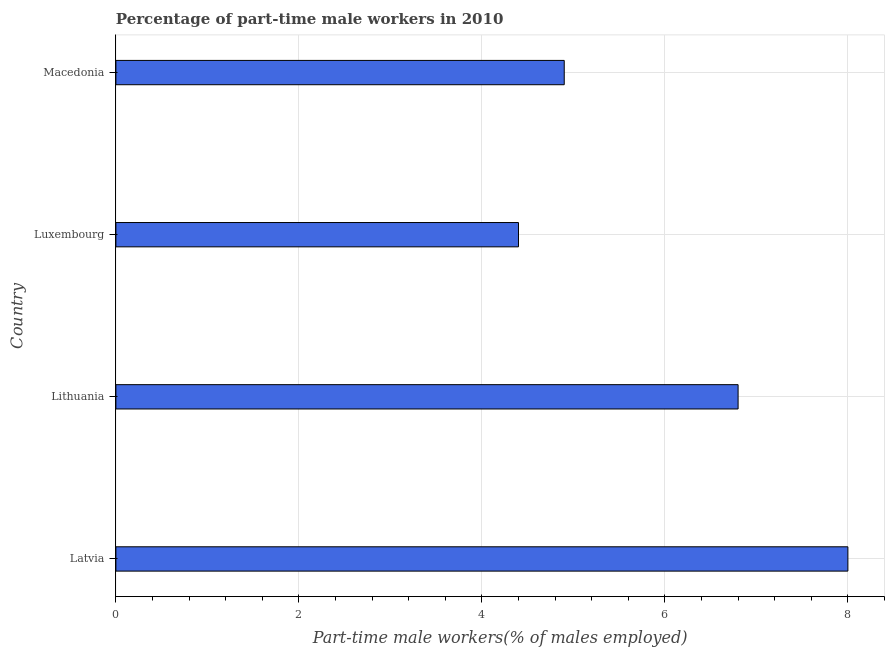
| Country | Part time employment |
 | --- | --- |
 | Latvia | 8 |
 | Lithuania | 6.8 |
 | Luxembourg | 4.4 |
 | Macedonia | 4.9 |